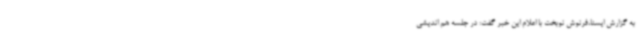
به گزارش ایسنا،فرنوش نوبخت با اعلام این خبر گفت: در جلسه هم اندیشی